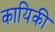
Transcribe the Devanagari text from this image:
कायिकी